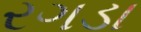
રગડા